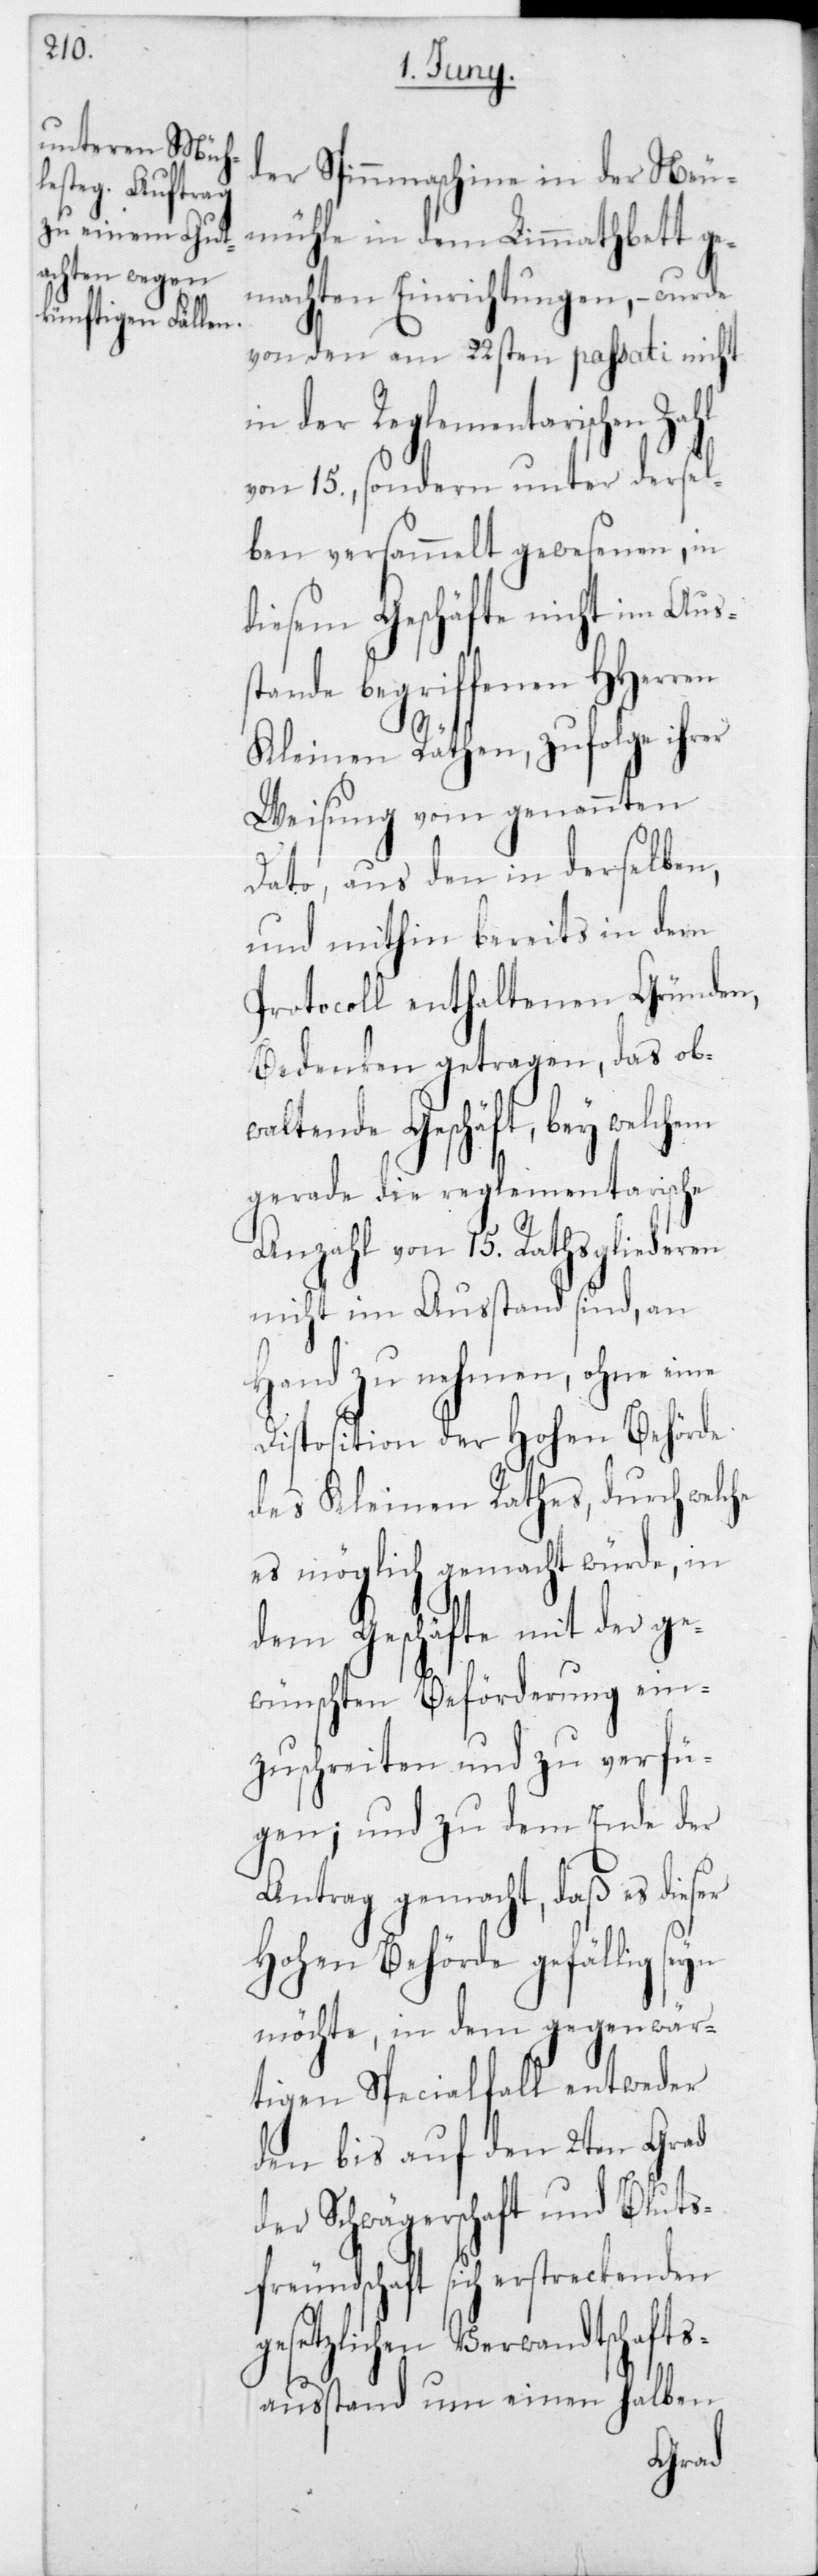
der Spinnmaschine in der Neu¬
mühle in dem Limmathbett ge¬
machten Einrichtungen, – wurde
von den am 22sten passati nicht
in der Reglementarischen Z¬
von 15, sondern unter dersel¬
ben versammelt gewesenen, in
diesem Geschäfte nicht im Aus¬
stande begriffenen HHerren
Kleinen Räthen, zufolge ihrer
Weisung vom genannten
Dato, aus den in derselben,
und mithin bereits in dem
Protocoll enthaltenen Gründen,
Bedenken getragen, das ob¬
waltende Geschäft, bey welchem
gerade die reglementarische
Anzahl von 15 Rathsgliederen
nicht im Ausstand sind, an
Hand zu nehmen, ohne eine
Disposition der Hohen Behörde
des Kleinen Rathes, durch welche
es möglich gemacht würde, in
dem Geschäfte mit der ge¬
wünschten Beförderung ein¬
zuschreiten und zu verfü¬
gen; und zu dem Ende der
Antrag gemacht, daß es dies¬
Hohen Behörde gefällig
möchte, in dem gegenwär¬
tigen Spezialfall entweder
den bis auf den 2ten Grad
der Schwägerschaft und Bluts¬
freundschaft sich erstreckenden
gesetzlichen Verwandtschafts¬
ausstand um einen halben
er